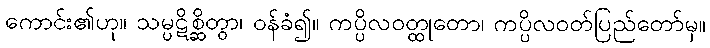
ကောင်း၏ဟု။ သမ္ပဋိစ္ဆိတွာ၊ ဝန်ခံ၍။ ကပ္ပိလဝတ္ထုတော၊ ကပ္ပိလဝတ်ပြည်တော်မှ။